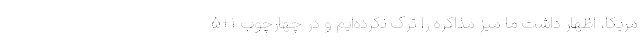
مریکا، اظهار داشت ما میز مذاکره را ترک نکرده‌ایم و در چهارچوب ۱+۵